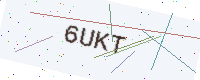
Text: 6UKT